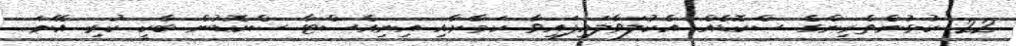
22 ކުޅުންތެރިންގެ ސްކޮޑެއް އެކުލަވާލައިފައިވާ ކަމާށާއި އިނިއެސްޓާ ސްކޮޑުން ބާކީ ކުރި އޭނަ